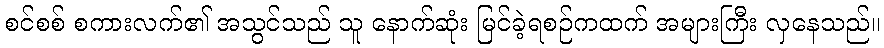
စင်စစ် စကားလက်၏ အသွင်သည် သူ နောက်ဆုံး မြင်ခဲ့ရစဉ်ကထက် အများကြီး လှနေသည်။